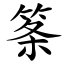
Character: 筿